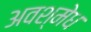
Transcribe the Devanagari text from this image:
अवश्मेध